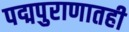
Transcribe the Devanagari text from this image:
पद्मपुराणातही